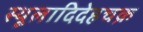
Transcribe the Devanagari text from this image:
स्थूलादिदेहचक्र